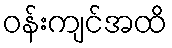
ဝန်းကျင်အထိ